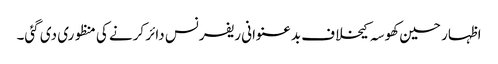
اظہار حسین کھوسہ کیخلاف بدعنوانی ریفرنس دائر کرنے کی منظوری دی گئی۔